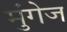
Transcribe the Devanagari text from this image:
मुंगेज